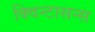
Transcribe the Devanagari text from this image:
क्विन्टासन्स